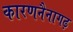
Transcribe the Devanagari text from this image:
कारणनैनागढ़